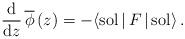
LaTeX: \begin{align*}\frac{{\rm d}}{{\rm d} z}\, {\overline \phi}\, (z) = -\langle {\rm sol}\, |\, F \,|\, {\rm sol}\rangle\, .\end{align*}